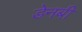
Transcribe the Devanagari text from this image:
डेनबी